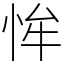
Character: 恈